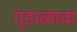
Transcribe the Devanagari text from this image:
गुंडाळावा